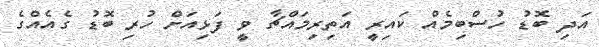
އަދި ބޮޑު ހުސްބިމެއް ކައިރީ އަތިރިމައްޗާ ވީ ފަޅިއަށް ހުރި ބޮޑު ގެއެއްގެ